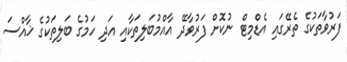
ފަރުވާތަކުގެ ތެރޭގައި އެޑްމިޓް ނުކޮށް ފަރުވާދޭ އާއްމުބަލިތަކާއި އަދި ހަމުގެ ބަލިތަކުގެ ޚާއްސަ